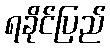
ရခိုင်ပြည်